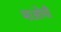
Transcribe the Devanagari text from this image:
माओची